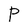
Character: P